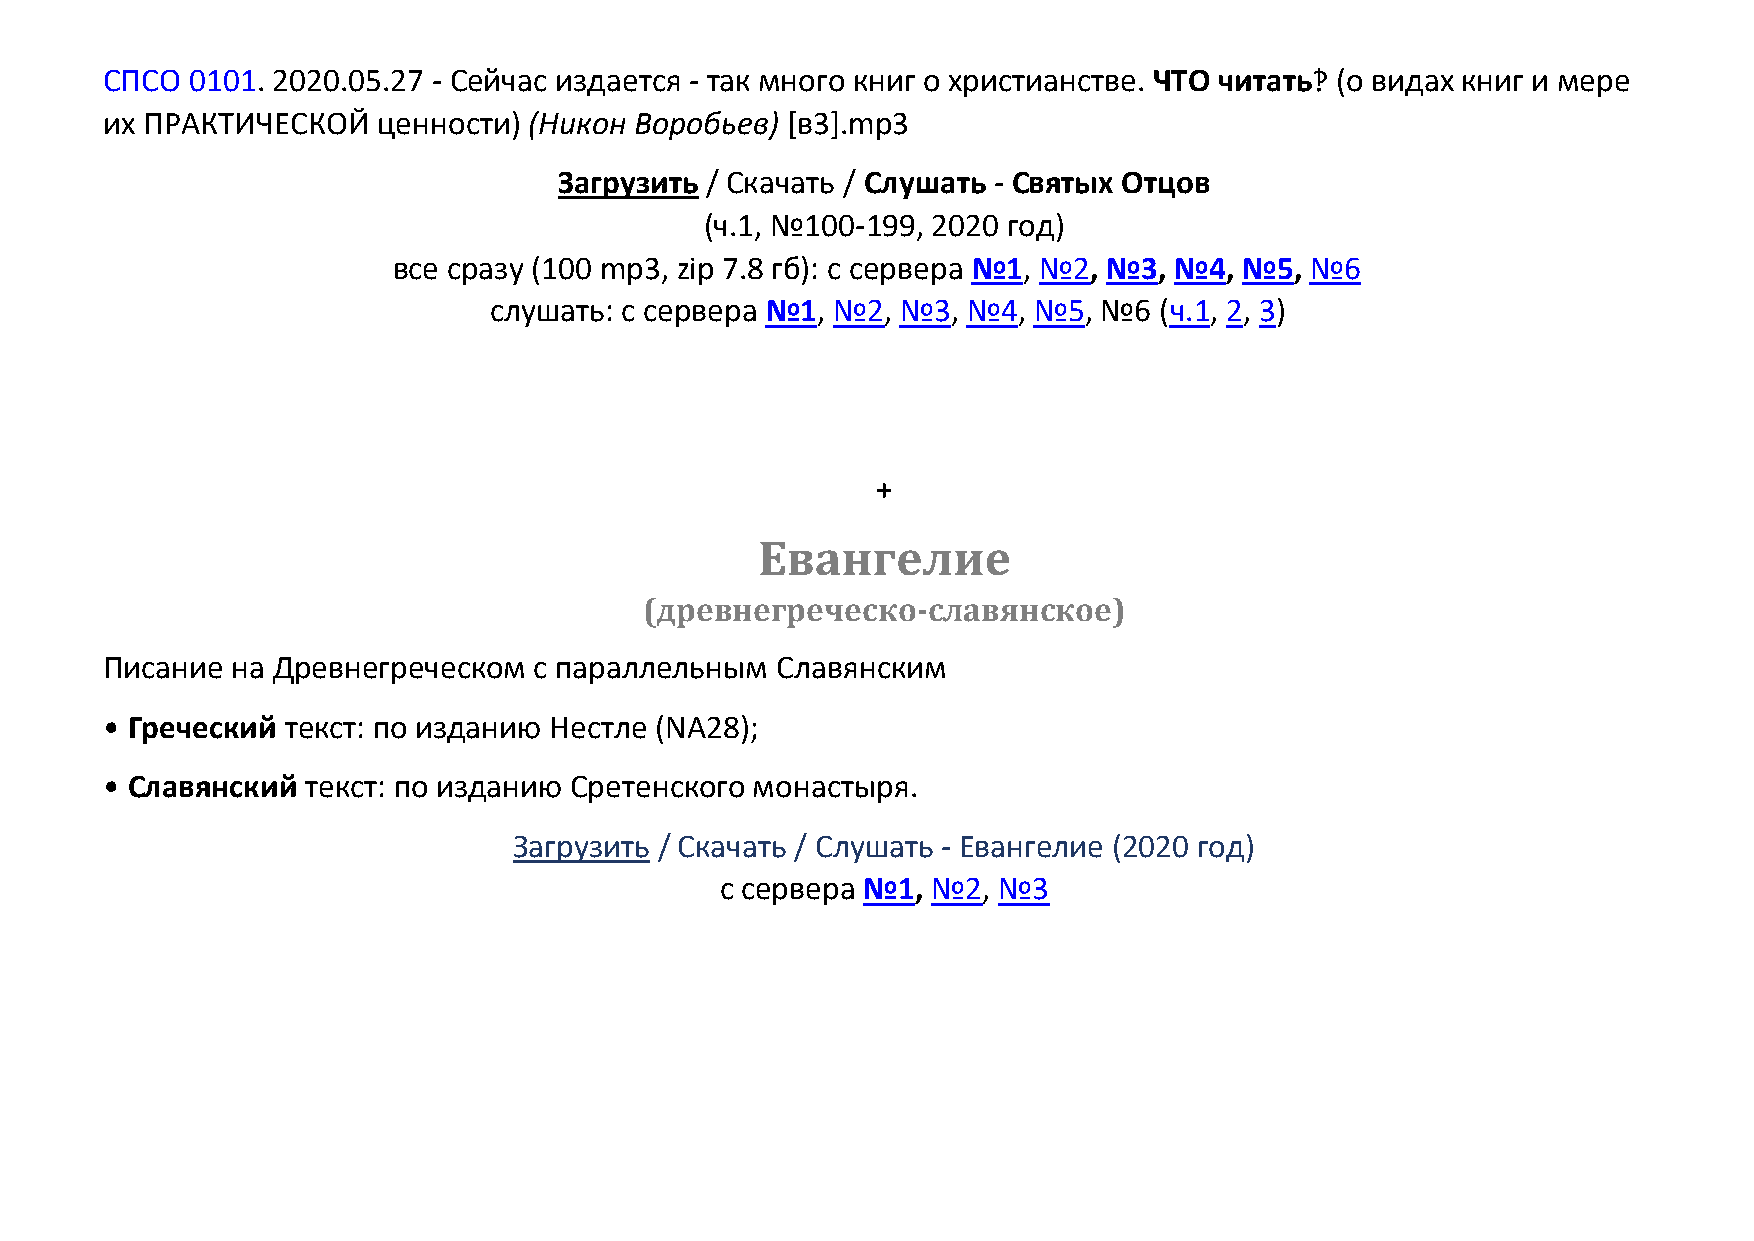
СПСО  0101. 2020.05.27 - Сейчас издается - так много книг о христианстве. ЧТО читать‽ (о видах книг и мере
 их ПРАКТИЧЕСКОЙ   ценности) (Никон Воробьев) [в3].mp3
 Загрузить / Скачать / Слушать - Святых Отцов
 (ч.1, №100-199, 2020 год)
 все сразу (100 mp3, zip 7.8 гб): с сервера №1, №2, №3, №4, №5, №6
 слушать: с сервера №1, №2,  №3, №4, №5,  №6  (ч.1, 2, 3)
 +
 Евангелие
 (древнегреческо-славянское)
 Писание на Древнегреческом  с параллельным  Славянским
 • Греческий текст: по изданию Нестле (NA28);
 • Славянский текст: по изданию Сретенского монастыря.
 Загрузить / Скачать / Слушать - Евангелие (2020 год)
 с сервера №1, №2, №3